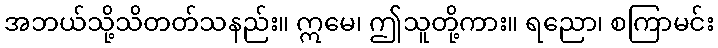
အဘယ်သို့သိတတ်သနည်း။ ဣမေ၊ ဤသူတို့ကား။ ရညော၊ စကြာမင်း